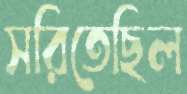
সরিতেছিল